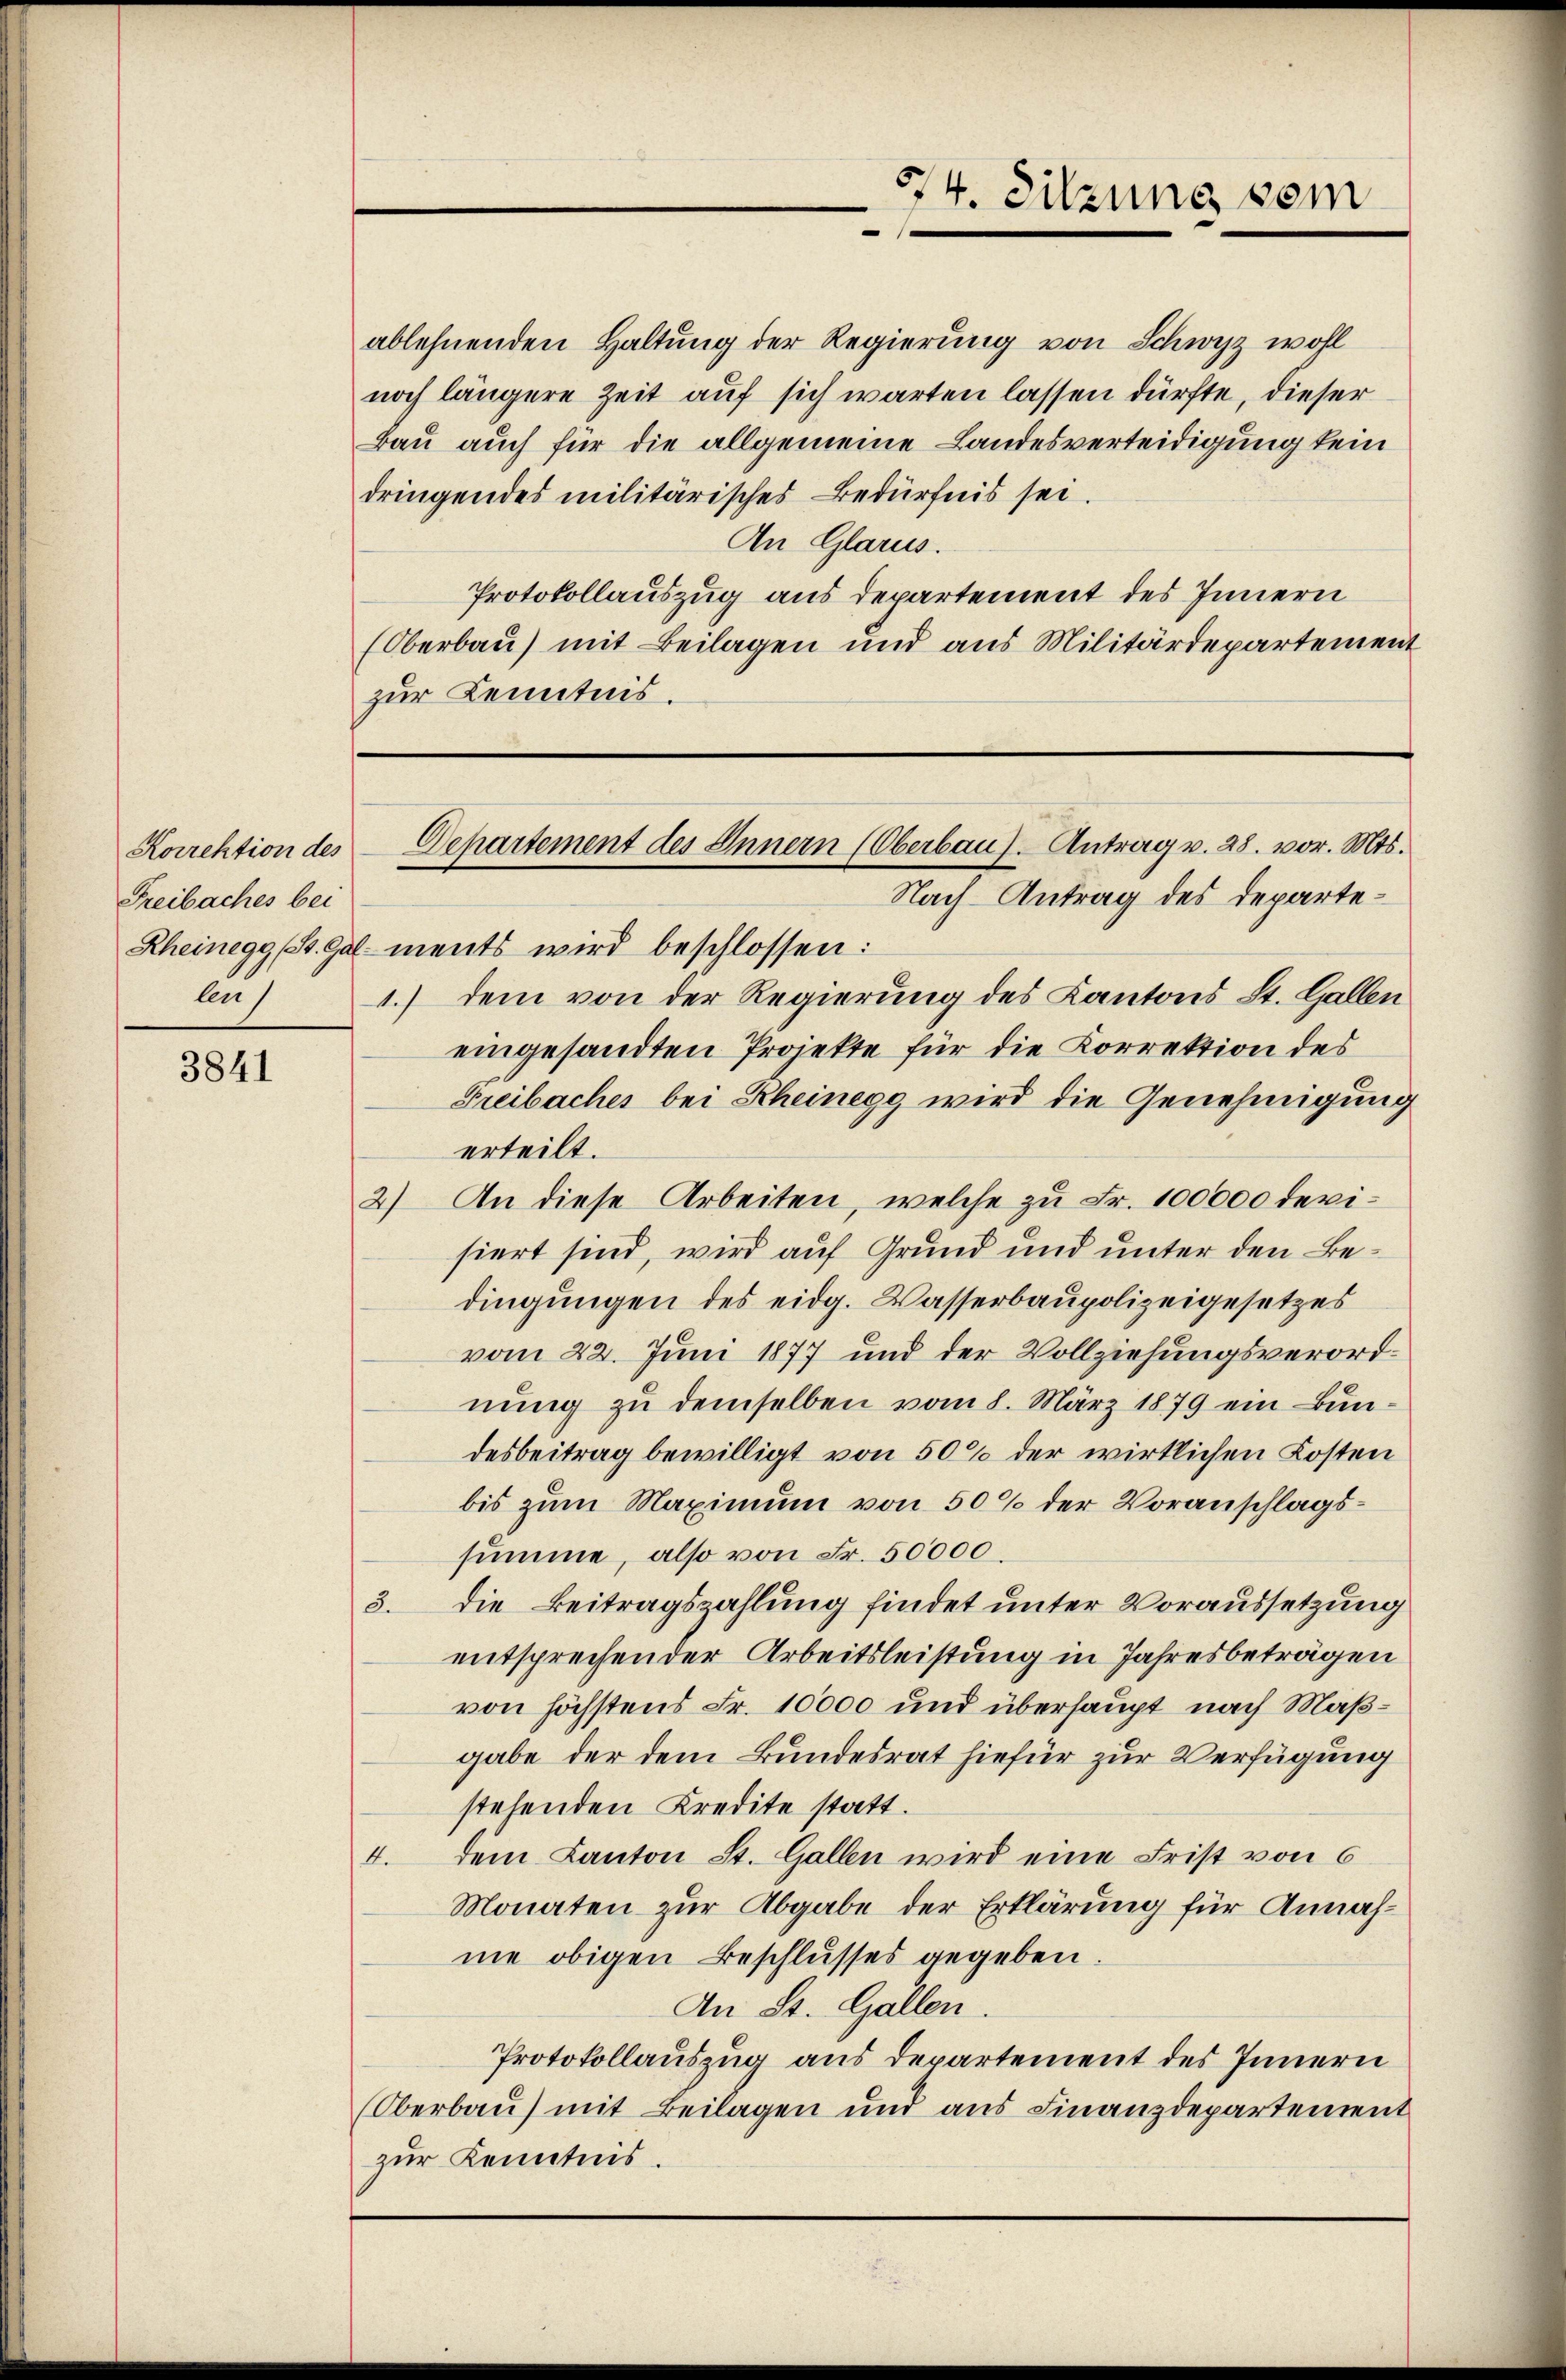
Korrektion des
Freibaches bei
bus

3841

ablehnenden Haltung der Regierung von Schwyz wohl
noch längere Zeit auf sich warten lassen dürfte, dieser
Bau auch für die allgemeine Landesverteidigung kein
dringendes militärisches Bedürfnis sei.
An Glarus.
Protokollauszug aus departement des Innern
(Oberbau) mit Beilagen und aus Militärdepartement
zur Kenntnis.

574. Sitzung sein

Departement des Innern (Oberbau). Antrag v. 28. vor. Mts.
Nach-Antrag des Departe¬

Rheinegg (St. Galments wird beschlossen:
1.) dem von der Regierung des Kantons St. Gallen
eingesandten Projekte für die Korrektion des
Freibaches bei Rheinegg wird die Genehmigung
erteilt.
2) An diese Arbeiten, welche zu Fr. 100000 devisiert sind, wird auf Grund und unter den Bedingungen des eidg. Wasserbaupolizeigesetzes
vom 22. Juni 1877 und der Vollziehungsverordnung zu demselben vom 8. März 1879 ein Bundesbeitrag bewilligt von 50% der wirklichen Kosten
bis zum Maximum von 50% der Voranschlagssumme, also von Fr. 50000
3. die Beitragszahlung findet unter Voraussetzung
entsprechen der Arbeitsleistung in Jahresbeträgen
von höchstens Fr. 10000 und überhaupt nach Maßgabe der dem Bundesrat hiefür zur Verfügung
stehenden Kredite statt.
4. dem Kanton St. Gallen wird eine Frist von 6
Monaten zur Abgabe der Erklärung für Annahne obigen Beschlusses gegeben.
An St. Gallen
Protokollauszug aus Departement des Innern
Oberbau) mit Beilagen und aus Finanzdepartement
zŭr Kenntnis.